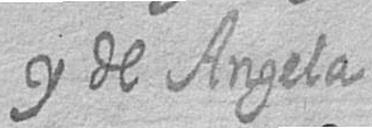
y de Angela